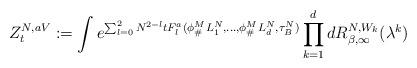
LaTeX: \begin{align*}Z^{N,aV}_{t}:=\int e^{\sum_{l=0}^2 N^{2-l} t F_l^a(\phi^M_\#L^{N}_1,\ldots,\phi^M_\#L^{N}_d,\tau_B^N)} \prod_{k=1}^d dR^{N,W_k}_{\beta,\infty} (\lambda^k)\end{align*}